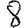
Digit: 8